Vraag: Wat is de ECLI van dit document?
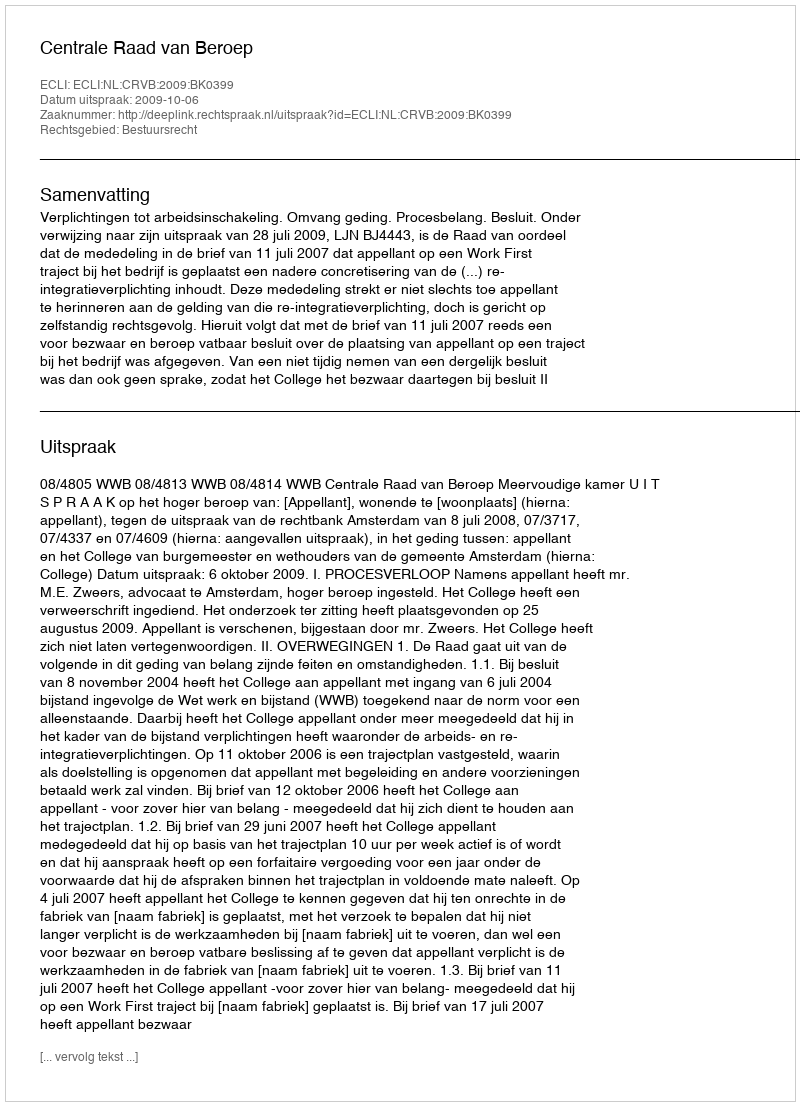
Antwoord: ECLI:NL:CRVB:2009:BK0399